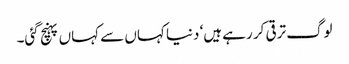
لوگ ترقی کر رہے ہیں‘ دنیا کہاں سے کہاں پہنچ گئی۔